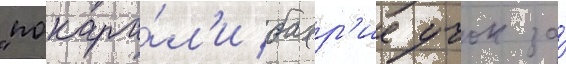
"покара́л'и бахр'ие учок за́